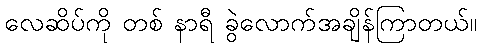
လေဆိပ်ကို တစ် နာရီ ခွဲလောက်အချိန်ကြာတယ်။